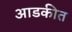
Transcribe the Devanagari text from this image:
आडकीत